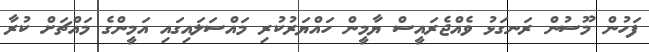
ފަހުން މޫސުން ރަނގަޅު ވެއްޖެރައީސް ޔާމީން ހައްޔަރުކުރި މައްސަލައިގައި އަމީންގެ މައްޗަށް ކުރާ